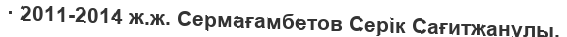
· 2011-2014 ж.ж. Сермағамбетов Серік Сағитжанұлы.